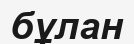
бұлан